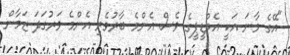
"އޭގެ މާނަ އަކީ އެމްޑީޕީގެ ވެސް އެންމެ ބާރުވެރި އެންމެ ވަރުގަދަ ޒަމާން